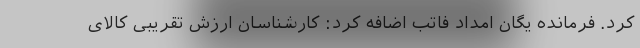
کرد. فرمانده یگان امداد فاتب اضافه کرد: کارشناسان ارزش تقریبی کالای